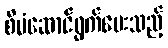
စီမံဆောင်ရွက်ပေးသည့်